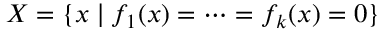
X = \{ x \mid f _ { 1 } ( x ) = \cdots = f _ { k } ( x ) = 0 \}